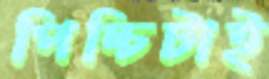
পিচ্চিটাই